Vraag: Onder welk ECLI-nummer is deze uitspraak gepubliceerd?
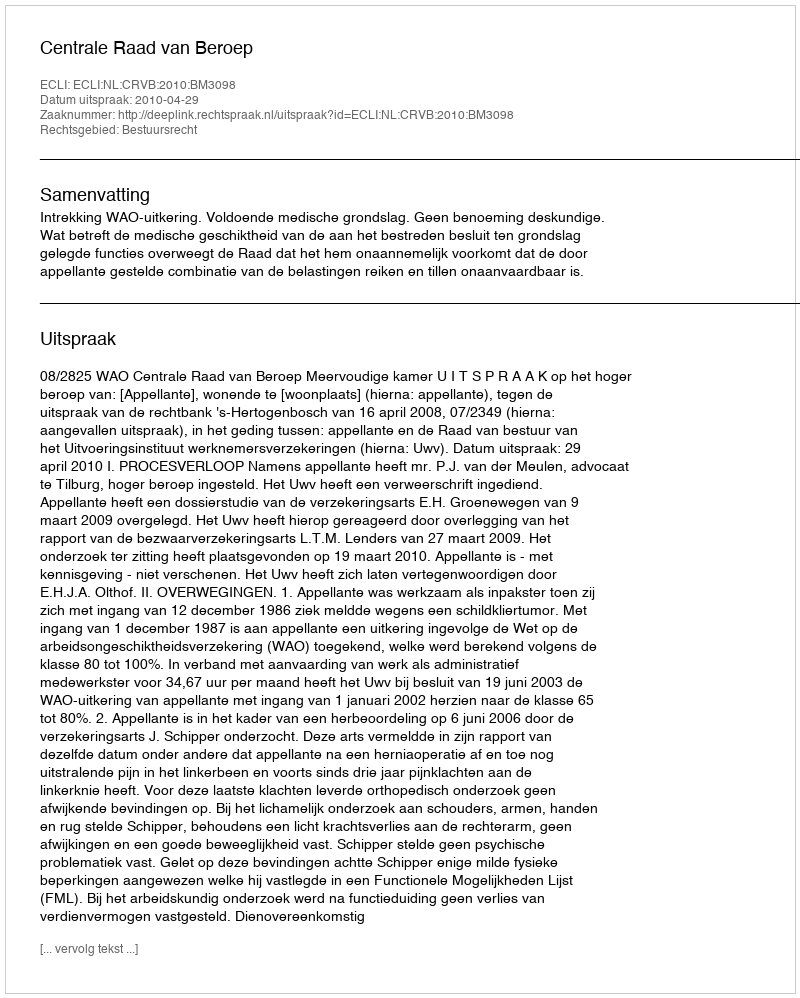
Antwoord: ECLI:NL:CRVB:2010:BM3098